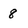
Character: 8